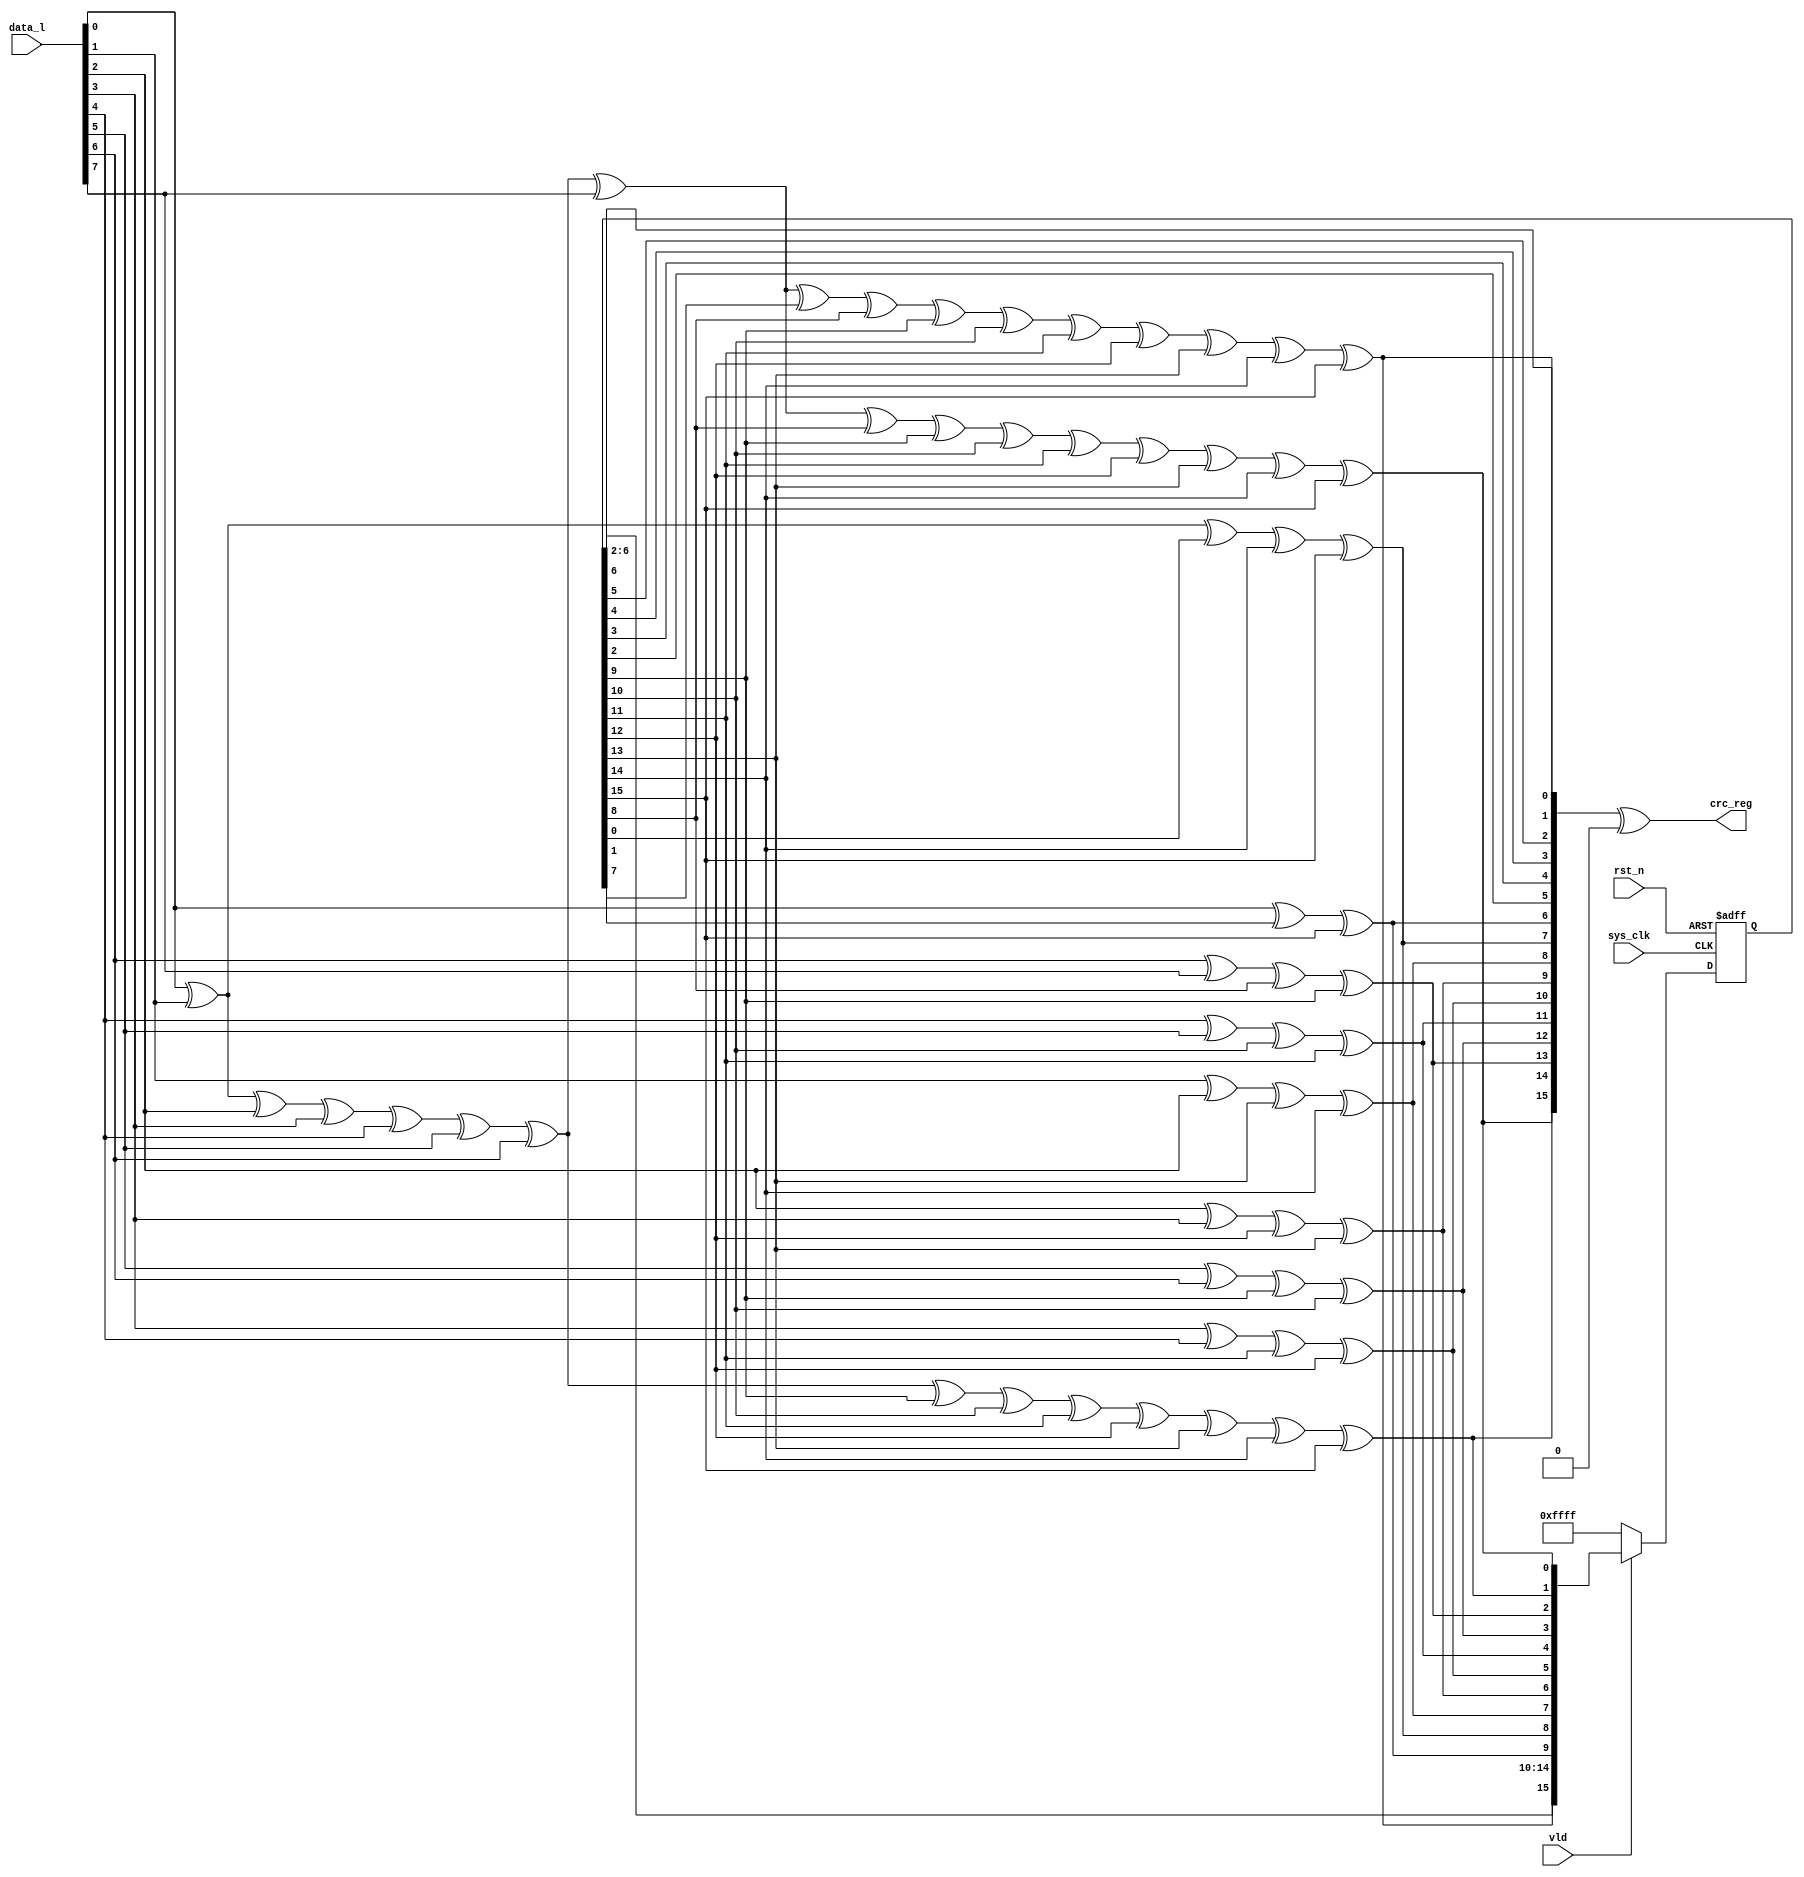
`timescale 1ns / 1ps
//////////////////////////////////////////////////////////////////////////////////
// Company: 
// 
// Design Name: 
// Module Name: CRC16_modbus 
// Width:8
// Poly:0x8005
// Init:0xFFFF;
// Refin:True;
// Refout:True;
// Xorout:0x0000;
// 
//////////////////////////////////////////////////////////////////////////////////


module CRC16_modbus(
    input sys_clk,
    input rst_n,
    input[7:0] data_l,
    input vld,
    output [15:0] crc_reg

    );
reg[15:0] crc;
wire [15:0] newcrc;
reg[15:0] nextCRC16_D8;
reg [15:0] c;


wire [15:0] crc_n;
parameter xor_a=16'd0;
wire[7:0] data_n;

assign data_n[7]=data_l[0];
assign data_n[6]=data_l[1];
assign data_n[5]=data_l[2];
assign data_n[4]=data_l[3];
assign data_n[3]=data_l[4];
assign data_n[2]=data_l[5];
assign data_n[1]=data_l[6];
assign data_n[0]=data_l[7];

 assign crc_reg = crc_n^xor_a ;
 assign crc_n={newcrc[0],newcrc[1],newcrc[2],newcrc[3],newcrc[4],newcrc[5],newcrc[6],newcrc[7],newcrc[8],newcrc[9],newcrc[10],newcrc[11],newcrc[12],newcrc[13],newcrc[14],newcrc[15]};
//assign c=newcrc;

assign newcrc[0] = data_n[7] ^ data_n[6] ^ data_n[5] ^ data_n[4] ^ data_n[3] ^ data_n[2] ^ data_n[1] ^ data_n[0] ^ c[8] ^ c[9] ^ c[10] ^ c[11] ^ c[12] ^ c[13] ^ c[14] ^ c[15];
  assign   newcrc[1] = data_n[7] ^ data_n[6] ^ data_n[5] ^ data_n[4] ^ data_n[3] ^ data_n[2] ^ data_n[1] ^ c[9] ^ c[10] ^ c[11] ^ c[12] ^ c[13] ^ c[14] ^ c[15];
 assign   newcrc[2] = data_n[1] ^ data_n[0] ^ c[8] ^ c[9];
  assign  newcrc[3] = data_n[2] ^ data_n[1] ^ c[9] ^ c[10];
 assign   newcrc[4] = data_n[3] ^ data_n[2] ^ c[10] ^ c[11];
 assign   newcrc[5] = data_n[4] ^ data_n[3] ^ c[11] ^ c[12];
 assign   newcrc[6] = data_n[5] ^ data_n[4] ^ c[12] ^ c[13];
  assign  newcrc[7] = data_n[6] ^ data_n[5] ^ c[13] ^ c[14];
assign    newcrc[8] = data_n[7] ^ data_n[6] ^ c[0] ^ c[14] ^ c[15];
assign    newcrc[9] = data_n[7] ^ c[1] ^ c[15];
 assign   newcrc[10] = c[2];
 assign   newcrc[11] = c[3];
 assign   newcrc[12] = c[4];
assign    newcrc[13] = c[5];
 assign   newcrc[14] = c[6];
 assign   newcrc[15] = data_n[7] ^ data_n[6] ^ data_n[5] ^ data_n[4] ^ data_n[3] ^ data_n[2] ^ data_n[1] ^ data_n[0] ^ c[7] ^ c[8] ^ c[9] ^ c[10] ^ c[11] ^ c[12] ^ c[13] ^ c[14] ^ c[15];


always @(posedge sys_clk or negedge rst_n) begin
	if(~rst_n) begin
		 c<= 16'hFFFF;
	end
    else if(vld) 
    begin
	   c <= newcrc;
	   
   end
    else 
	   c<= 16'hFFFF;
end



endmodule